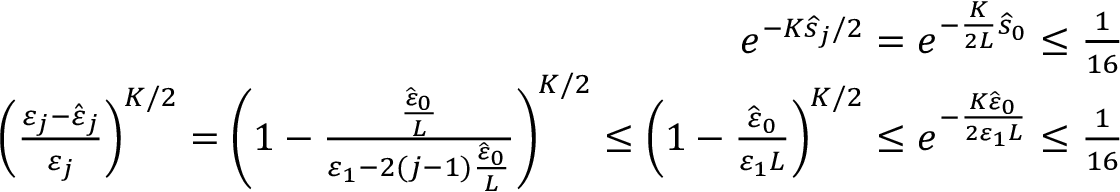
\begin{array} { r l r } & { } & { e ^ { - K \widehat s _ { j } / 2 } = e ^ { - \frac { K } { 2 L } \widehat s _ { 0 } } \le \frac { 1 } { 1 6 } } \\ & { } & { \left( \frac { \varepsilon _ { j } - \hat { \varepsilon } _ { j } } { \varepsilon _ { j } } \right) ^ { K / 2 } = \left( 1 - \frac { \frac { \widehat \varepsilon _ { 0 } } { L } } { \varepsilon _ { 1 } - 2 ( j - 1 ) \frac { \widehat \varepsilon _ { 0 } } { L } } \right) ^ { K / 2 } \le \left( 1 - \frac { { \widehat \varepsilon _ { 0 } } } { \varepsilon _ { 1 } L } \right) ^ { K / 2 } \le e ^ { - \frac { K { \widehat \varepsilon _ { 0 } } } { 2 \varepsilon _ { 1 } L } } \le \frac { 1 } { 1 6 } } \end{array}